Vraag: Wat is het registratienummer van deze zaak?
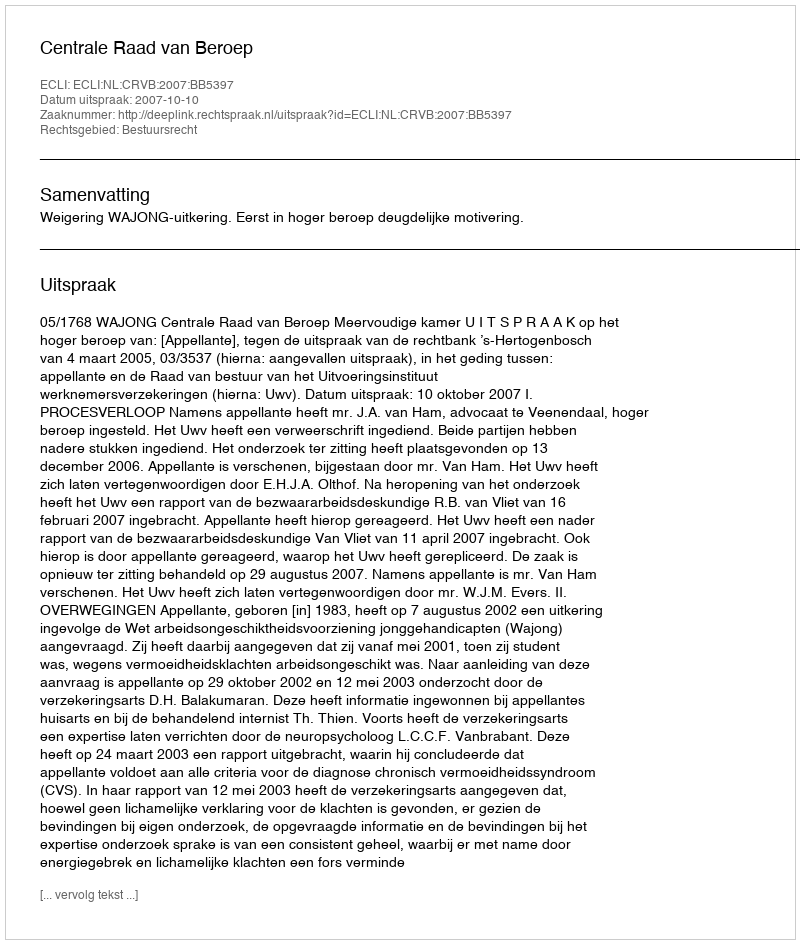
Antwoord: http://deeplink.rechtspraak.nl/uitspraak?id=ECLI:NL:CRVB:2007:BB5397